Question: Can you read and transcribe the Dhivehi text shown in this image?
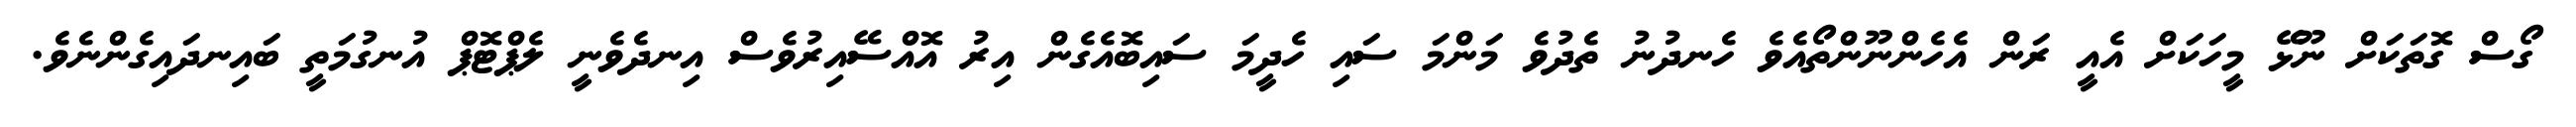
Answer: ގޯސް ގޮތަކަށް ނޫޅޭ މީހަކަށް އެއީ ރަން އެހެންނޫންތޯއެވެ ހެނދުނު ތެދުވެ މަންމަ ސައި ހެދީމަ ސައިބޮއެގެން އިރު އޮއްސޭއިރުވެސް އިނދެވެނީ ލެޕްޓޮޕް އުނގުމަތީ ބައިނދައިގެންނެވެ.